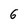
Character: 6